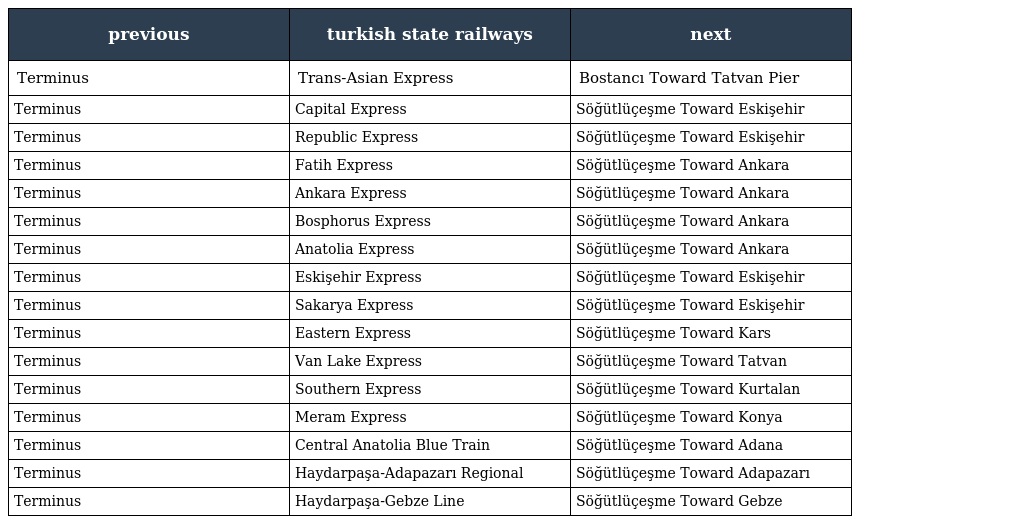
| previous | turkish state railways | next |
 | --- | --- | --- |
 | Terminus | Trans-Asian Express | Bostancı Toward Tatvan Pier |
 | Terminus | Capital Express | Söğütlüçeşme Toward Eskişehir |
 | Terminus | Republic Express | Söğütlüçeşme Toward Eskişehir |
 | Terminus | Fatih Express | Söğütlüçeşme Toward Ankara |
 | Terminus | Ankara Express | Söğütlüçeşme Toward Ankara |
 | Terminus | Bosphorus Express | Söğütlüçeşme Toward Ankara |
 | Terminus | Anatolia Express | Söğütlüçeşme Toward Ankara |
 | Terminus | Eskişehir Express | Söğütlüçeşme Toward Eskişehir |
 | Terminus | Sakarya Express | Söğütlüçeşme Toward Eskişehir |
 | Terminus | Eastern Express | Söğütlüçeşme Toward Kars |
 | Terminus | Van Lake Express | Söğütlüçeşme Toward Tatvan |
 | Terminus | Southern Express | Söğütlüçeşme Toward Kurtalan |
 | Terminus | Meram Express | Söğütlüçeşme Toward Konya |
 | Terminus | Central Anatolia Blue Train | Söğütlüçeşme Toward Adana |
 | Terminus | Haydarpaşa-Adapazarı Regional | Söğütlüçeşme Toward Adapazarı |
 | Terminus | Haydarpaşa-Gebze Line | Söğütlüçeşme Toward Gebze |